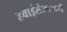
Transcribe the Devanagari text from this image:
हवाईसंरक्षणाची